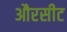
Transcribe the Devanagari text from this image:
औरसीट